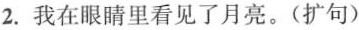
2.我在眼睛里看见了月亮。(扩句)